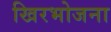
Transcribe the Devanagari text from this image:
खिरभोजना